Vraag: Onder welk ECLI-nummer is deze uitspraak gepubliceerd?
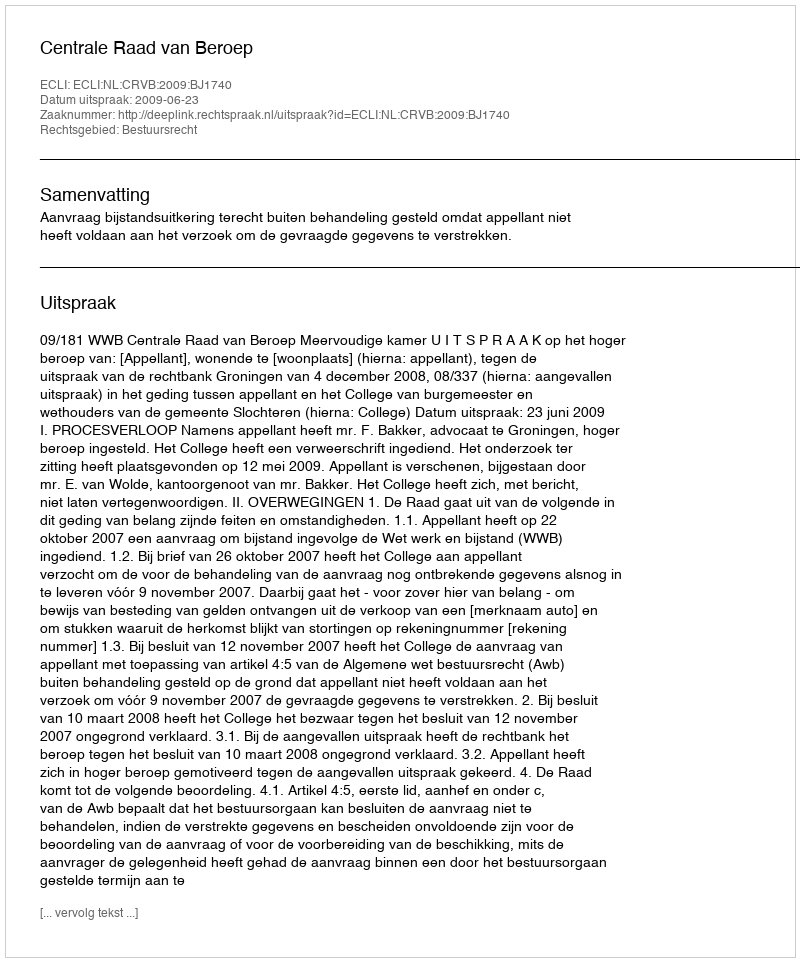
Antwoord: ECLI:NL:CRVB:2009:BJ1740